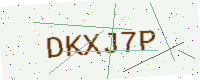
Text: DKXJ7P